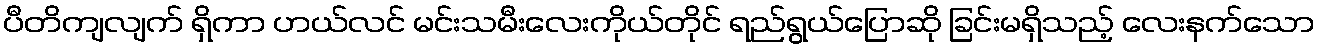
ပီတိကျလျက် ရှိကာ ဟယ်လင် မင်းသမီးလေးကိုယ်တိုင် ရည်ရွယ်ပြောဆို ခြင်းမရှိသည့် လေးနက်သော